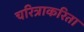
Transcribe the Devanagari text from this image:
चरित्राकरिता